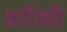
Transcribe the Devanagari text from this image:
वरीळी